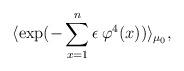
LaTeX: \begin{align*}\langle \exp(-\sum_{x=1}^n \epsilon\, \varphi^4(x)) \rangle_{\mu_0},\end{align*}